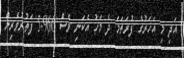
އަދި މި އަހަރުގެ ފުރަތަމަ ދެ މަހު އެކަނި ވެސް 5.966 ފަތުރުވެރިން